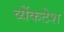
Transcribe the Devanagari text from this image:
व्येंकटेश